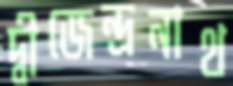
দ্বীজেন্দ্রনাথ